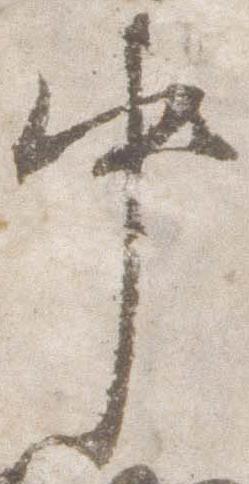
中